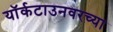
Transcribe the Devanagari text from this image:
यॉर्कटाउनवरच्या